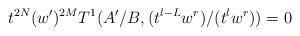
LaTeX: \begin{align*} t^{2N}(w')^{2M} T^1(A'/B,(t^{l-L}w^r)/(t^{l}w^r))=0 \end{align*}